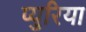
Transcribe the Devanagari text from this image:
प्युरिया